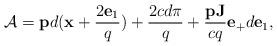
LaTeX: \begin{align*}{\cal A}={\bf p}d({\bf x}+\frac{2{\bf e}_1}{q})+ \frac{2cd\pi}{q}+\frac{{\bf pJ}}{cq}{\bf e}_+d{\bf e}_1,\end{align*}